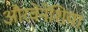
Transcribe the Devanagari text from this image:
औरवेनेशिया